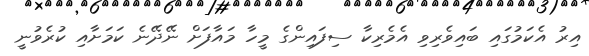
އިރު އެކަމުގައި ބައިވެރިވި އެމެރިކާ ސިފައިންގެ މީހާ މައާފަށް ނޭދޭނެ ކަމަށާއި ކުރެވުނީ